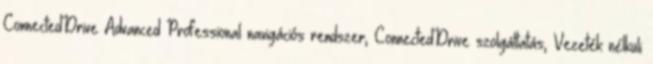
ConnectedDrive Advanced Professional navigációs rendszer, ConnectedDrive szolgáltatás, Vezeték nélküli